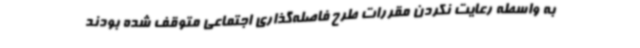
به واسطه رعایت نکردن مقررات طرح فاصله‌گذاری اجتماعی متوقف شده بودند